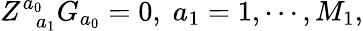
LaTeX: Z_{\; \; a_{1}}^{a_{0}}G_{a_{0}}=0,\; a_{1}=1,\cdots,M_{1},